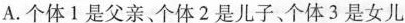
A.个体1是父亲、个体2是儿子、个体3是女儿